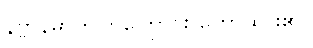
နိဗ္ဗာန်မှာတူကြကြောင်း ဟောထား၏။